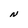
Character: N